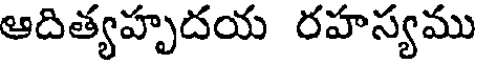
ఆదిత్యహృదయ రహస్యము